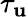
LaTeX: \tau_{\mathbf{u}}